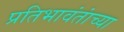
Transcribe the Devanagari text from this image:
प्रतिभावंतांच्या